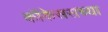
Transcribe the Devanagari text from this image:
कॉकेससच्या